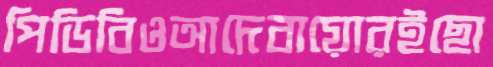
পিডিবিওআদেবায়োরইছো